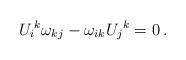
LaTeX: \begin{align*}U_i{}^k \omega_{kj}-\omega_{ik}U_j{}^k=0\,.\end{align*}